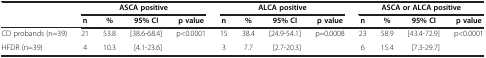
<table><thead><tr><td><b> </b></td><td colspan="4"><b>ASCA positive</b></td><td colspan="4"><b>ALCA positive</b></td><td colspan="4"><b>ASCA or ALCA positive</b></td></tr><tr><td><b> </b></td><td><b>n</b></td><td><b>%</b></td><td><b>95% CI</b></td><td><b>p value</b></td><td><b>n</b></td><td><b>%</b></td><td><b>95% CI</b></td><td><b>p value</b></td><td><b>n</b></td><td><b>%</b></td><td><b>95% CI</b></td><td><b>p value</b></td></tr></thead><tbody><tr><td>CD probands (n=39)</td><td>21</td><td>53.8</td><td>[38.6-68.4]</td><td>p&lt;0.0001</td><td>15</td><td>38.4</td><td>[24.9-54.1]</td><td>p=0.0008</td><td>23</td><td>58.9</td><td>[43.4-72.9]</td><td>p&lt;0.0001</td></tr><tr><td>HFDR (n=39)</td><td>4</td><td>10.3</td><td>[4.1-23.6]</td><td> </td><td>3</td><td>7.7</td><td>[2.7-20.3]</td><td> </td><td>6</td><td>15.4</td><td>[7.3-29.7]</td><td> </td></tr></tbody></table>